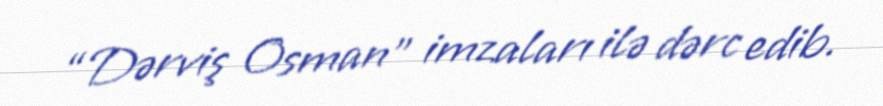
“Dərviş Osman” imzaları ilə dərc edib.